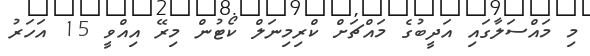
މި މައްސަލާގައި އަދީބުގެ މައްޗަށް ކްރިމިނަލް ކޯޓުން މިރޭ އިއްވީ 15 އަހަރު